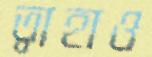
ত্বাহাও